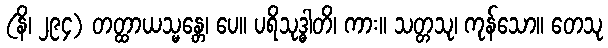
(နိ၊ ၂၉၄) တတ္ထာယသ္မန္တေ၊ ပေ။ ပရိသုဒ္ဓါတိ၊ ကား။ သတ္တသု၊ ကုန်သော။ တေသု